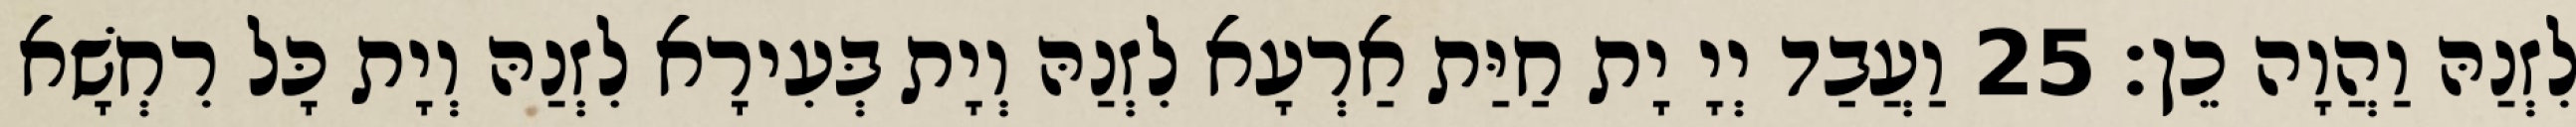
לִזְנַהּ וַהֲוָה כֵן׃ 25 וַעֲבַד יְיָ יָת חַיַּת אַרְעָא לִזְנַהּ וְיָת בְּעִירָא לִזְנַהּ וְיָת כָּל רִחְשָׁא